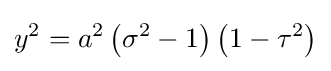
y^{2}=a^{2}\left(\sigma ^{2}-1\right)\left(1-\tau ^{2}\right)